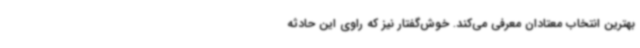
بهترین انتخاب معتادان معرفی می‌کند. خوش‌گفتار نیز که راوی این حادثه